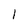
Character: 1